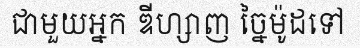
ជាមួយអ្នក ឌីហ្សាញ ច្នៃម៉ូដទៅ